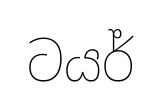
ටයර්